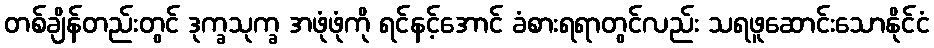
တစ်ချိန်တည်းတွင် ဒုက္ခသုက္ခ အဖုံဖုံကို ရင်နင့်အောင် ခံစားရရာတွင်လည်း သရဖူဆောင်းသောနိုင်ငံ